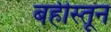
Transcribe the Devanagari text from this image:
बहीस्तून